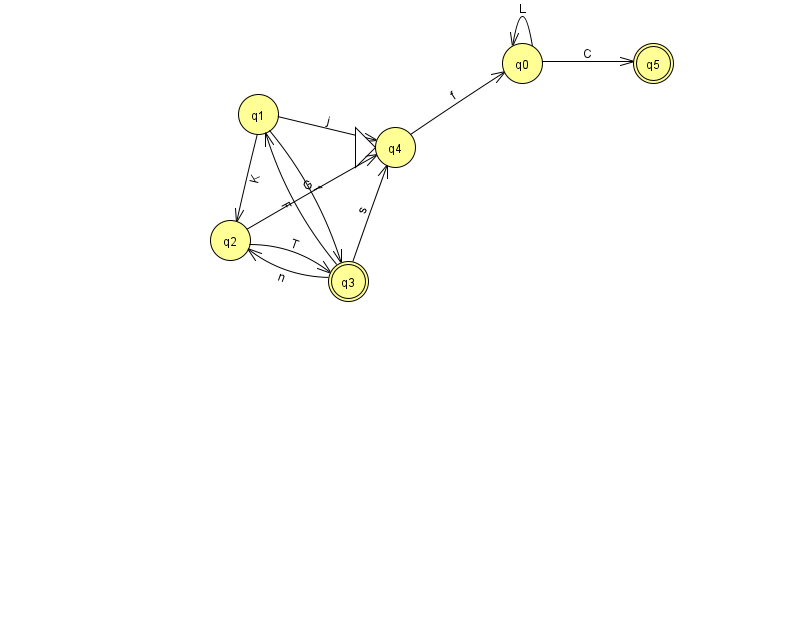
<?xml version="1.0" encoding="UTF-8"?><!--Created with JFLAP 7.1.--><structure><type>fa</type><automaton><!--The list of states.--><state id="0" name="q0"><x>522.0</x><y>50.0</y></state><state id="1" name="q1"><x>258.0</x><y>101.0</y></state><state id="2" name="q2"><x>230.0</x><y>227.0</y></state><state id="3" name="q3"><x>348.0</x><y>268.0</y><final/></state><state id="4" name="q4"><x>395.0</x><y>134.0</y><initial/></state><state id="5" name="q5"><x>653.0</x><y>50.0</y><final/></state><!--The list of transitions.--><transition><from>3</from><to>4</to><read>s</read></transition><transition><from>3</from><to>2</to><read>n</read></transition><transition><from>1</from><to>4</to><read>j</read></transition><transition><from>1</from><to>3</to><read>f</read></transition><transition><from>3</from><to>1</to><read>F</read></transition><transition><from>0</from><to>5</to><read>C</read></transition><transition><from>0</from><to>0</to><read>L</read></transition><transition><from>2</from><to>4</to><read>G</read></transition><transition><from>4</from><to>0</to><read>f</read></transition><transition><from>1</from><to>2</to><read>K</read></transition><transition><from>2</from><to>3</to><read>T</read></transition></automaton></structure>